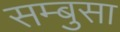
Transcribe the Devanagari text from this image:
सम्बुसा